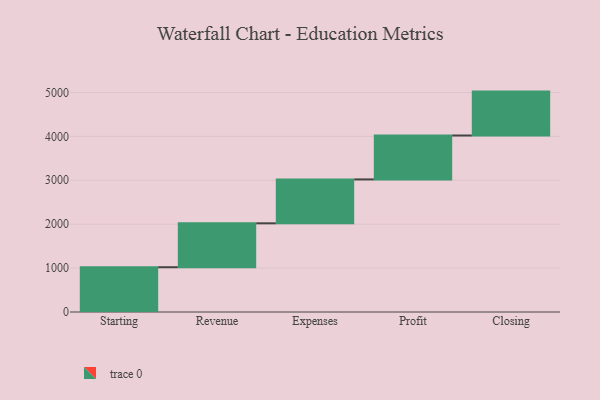
{"axis": {"x": "Step", "y": "Value"}, "legend": [""], "data": [{"x": "Starting", "y": 1020.0, "type": ""}, {"x": "Revenue", "y": 1000, "type": ""}, {"x": "Expenses", "y": 1000, "type": ""}, {"x": "Profit", "y": 1000, "type": ""}, {"x": "Closing", "y": 1000, "type": ""}]}